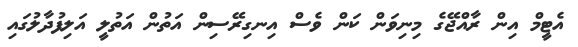
އެޓީމް އިން ރާއްޖޭގެ މިނިވަން ކަން ވެސް އިނގިރޭސިން އަތުން އަތުލީ އަލިފުދާލުގައި